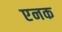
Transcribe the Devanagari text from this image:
एनक